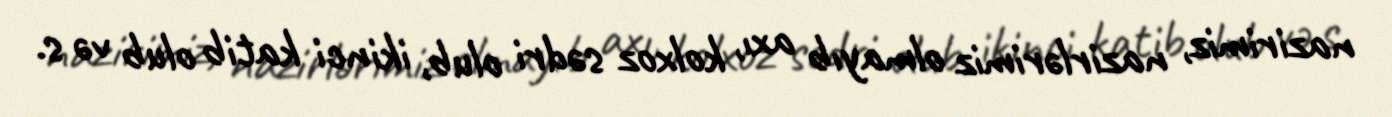
nazirimiz, nazirlərimiz olmayıb axı, kolxoz sədri olub, ikinci katib olub və s.